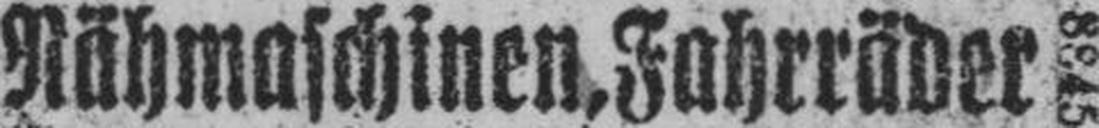
Nähmaschinen, Fahrräder